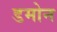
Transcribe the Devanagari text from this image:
डमोन